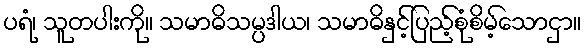
ပရံ၊ သူတပါးကို။ သမာဓိသမ္ပဒါယ၊ သမာဓိနှင့်ပြည့်စုံစိမ့်သောငှာ။